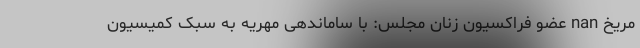
مریخ nan عضو فراکسیون زنان مجلس: با ساماندهی مهریه به سبک کمیسیون